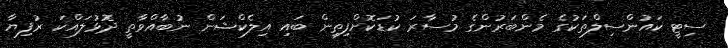
ސިޓީ ކައުންސިލްތަކުގެ މެންބަރުންގެ މުސާރަ ކުޑަކޮށްފިތިން ބައި އިލެކްޝަން ނުބާއްވާތީ ދޮޅުލައްކަ ރުފިޔާ